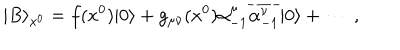
| B \rangle _ { x ^ { 0 } } = f ( x ^ { 0 } ) | 0 \rangle + g _ { \mu \nu } ( x ^ { 0 } ) \alpha _ { - 1 } ^ { \mu } \overline { { { \alpha _ { - 1 } ^ { \nu } } } } | 0 \rangle + \cdots ~ ,